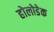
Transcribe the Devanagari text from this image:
होलोडेक